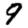
Digit: 9